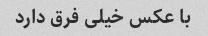
با عکس خیلی فرق دارد